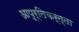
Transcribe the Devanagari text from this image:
आपूर्तिकर्त्ता